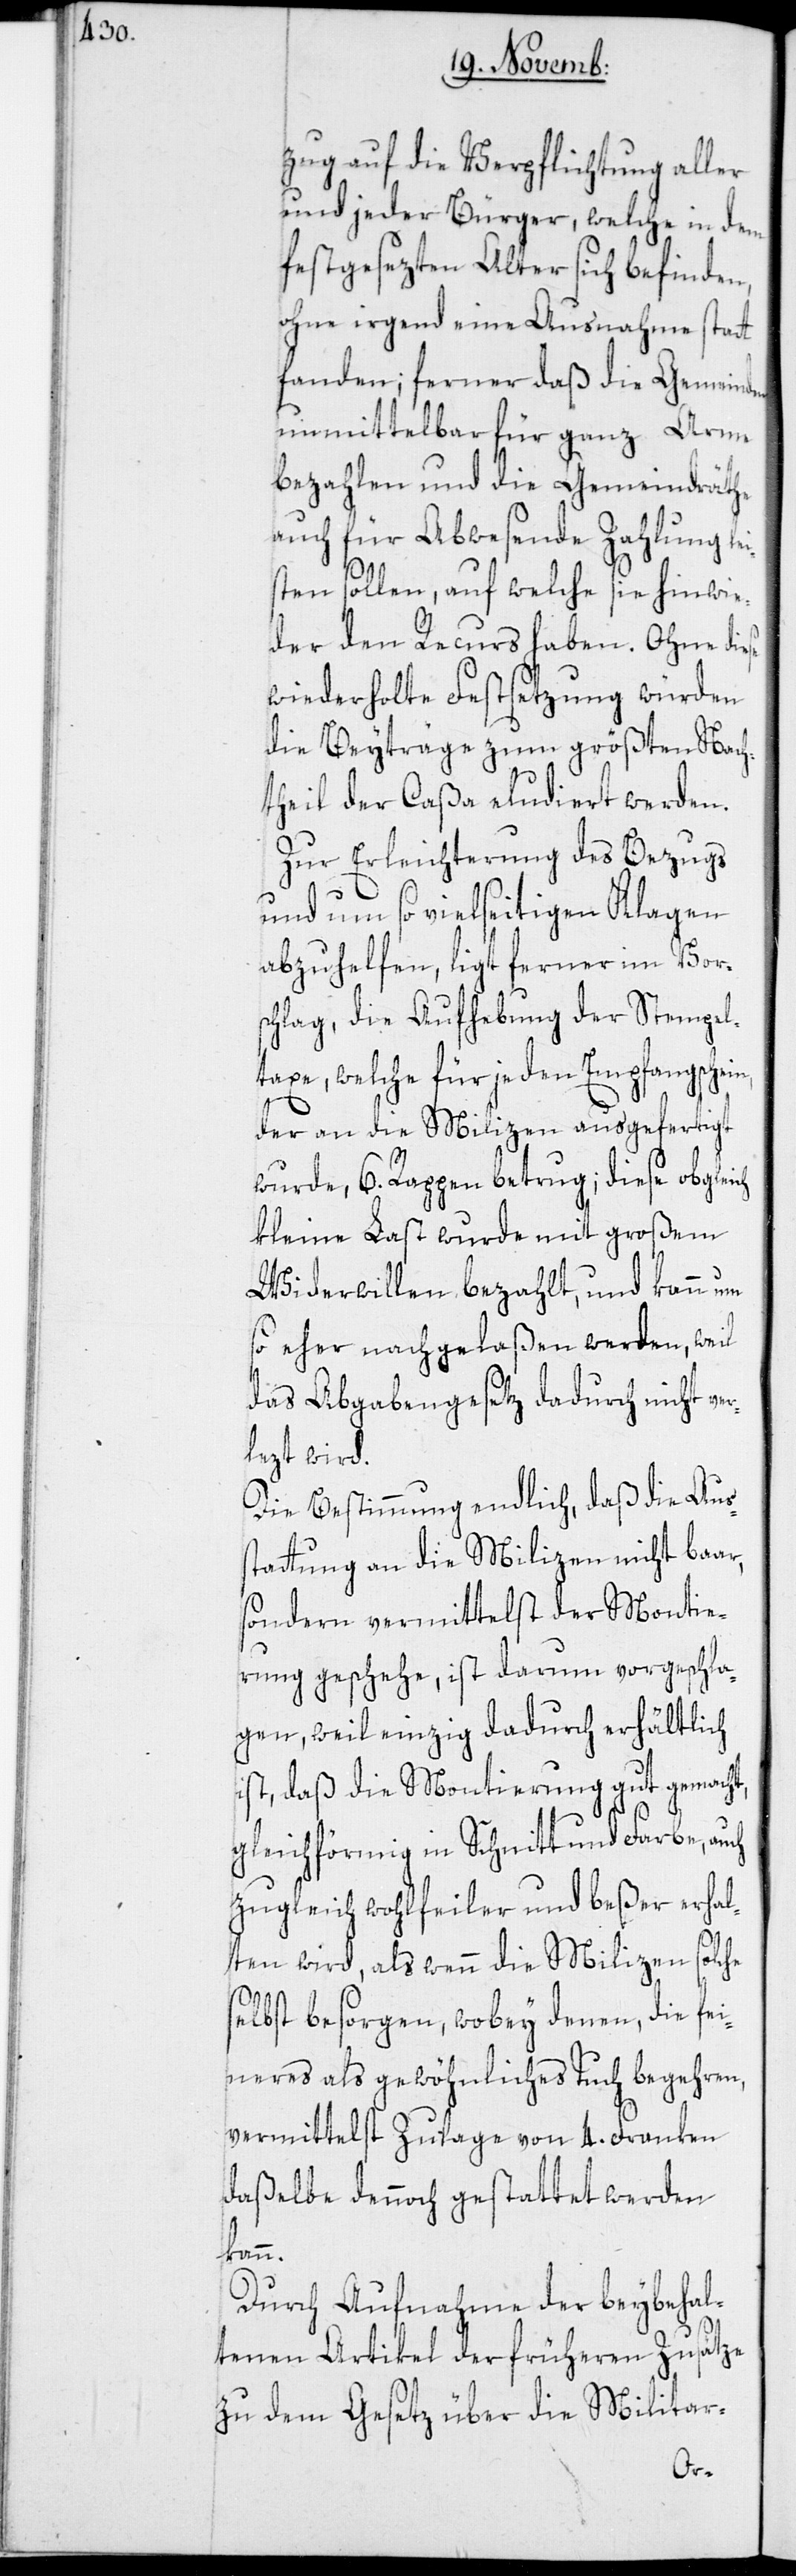
zug auf die Verpflichtung aller
und jeder Bürger, welche in dem
festgesezten Alter sich befinden,
ohne irgend eine Ausnahme statt
fanden; ferner daß die Gemeinden
unmittelbar für ganz Arme
bezahlen und die Gemeindräthe
auch für Abwesende Zahlung lei¬
sten sollen, auf welche sie hinwie¬
der den Recurs haben. Ohne diese
wiederholte Festsetzung würden
die Beyträge zum größten Nach¬
theil der Caßa eludiert werden.
Zur Erleichterung des Bezugs
und um so vielseitigen Klagen
abzuhelfen, ligt ferner im Vors¬
chlag, die Aufhebung der Stempel¬
taxe, welche für jeden Empfangschein,
der an die Milizen ausgefertigt
wurde, 6. Rappen betrug; diese obgleich
kleine Last wurde mit großem
Widerwillen bezahlt, und kann um
so eher nachgelaßen werden, weil
das Abgabengesetz dadurch nicht ve¬
lezt wird.
Die Bestimmung endlich, daß die Aus¬
stattung an die Milizen nicht baar,
sondern vermittelst der Montie¬
rung geschehe, ist darum vorgeschla¬
gen, weil einzig dadurch erhältlich
ist, daß die Montierung gut gemacht,
gleichförmig in Schnitt und Farbe, auch
zugleich wohlfeiler und beßer erhal¬
ten wird, als wenn die Milizen solche
selbst besorgen, wobey denen, die fei¬
neres als gewöhnliches Tuch begehren,
vermittelst Zulage von 4. Franken
daßelbe dennoch gestattet werden
Durch Aufnahme der beybehal¬
tenen Artikel der früheren Zusätze
zu dem Gesetz über die Militar-
r¬